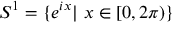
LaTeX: S ^ { 1 } = \{ e ^ { i x } \vert \, \, x \in [ 0 , 2 \pi ) \}